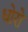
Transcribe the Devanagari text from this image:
धोरो